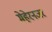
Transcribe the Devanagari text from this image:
मेहेरनजर